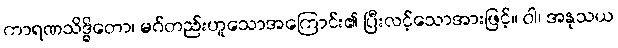
ကာရဏသိဒ္ဓိတော၊ မဂ်တည်းဟူသောအကြောင်း၏ ပြီးလင့်သောအားဖြင့်။ ဝါ၊ အနုသယ